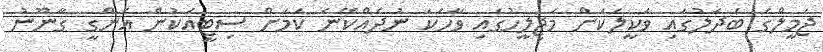
ޖަމީލްގެ ބަދަލުގައި ވަކީލަކަށް މަޖިލީހުގައި ވާހަކަ ނުދެއްކޭނެ ކަމަށް ސިޓީއަކުން އެންގީ ގާނޫނު